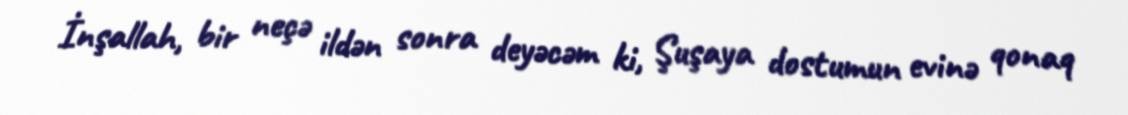
İnşallah, bir neçə ildən sonra deyəcəm ki, Şuşaya dostumun evinə qonaq